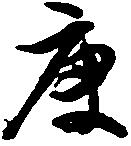
庚